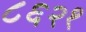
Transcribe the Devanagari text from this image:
८६२१